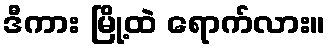
ဒီကား မြို့ထဲ ရောက်လား။